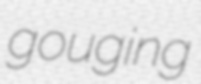
gouging